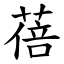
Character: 蓓